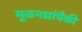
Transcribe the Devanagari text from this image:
मूळनद्यांपैकी